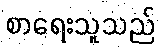
စာရေးသူသည်